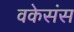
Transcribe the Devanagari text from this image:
वकेसंस